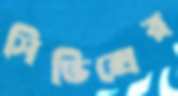
সিভিক্সের